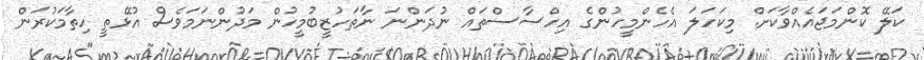
ކަލޭ ކޮންމަޖައެއްވާކަށް. މިކަހަލަ އެެހެންމީހުންގެ އިހްސާސްތައް ނުދަންނަ ނާތަހުޒީބުމީހުން މަދުންނަމަވެސް އުޅޭތީ ހިތާމަކުރަން